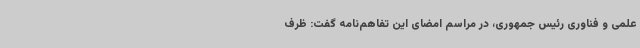
علمی و فناوری رئیس جمهوری، در مراسم امضای این تفاهم‌نامه گفت: ظرف